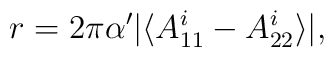
r= 2\pi\alpha^\prime \vert \langle A_{11}^i - A_{22}^i \rangle\vert,